Problem: 5 + 45 = ?
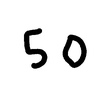
Handwritten answer: 50